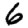
Digit: 6